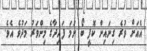
އެއަށް ވުރެ ގިނައިން ކޮފީ ބޯ ނަމަ ފައިދާގެ މިންވަރު މަދުވެ އެވެ.